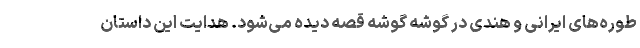
طوره‌های ایرانی و هندی در گوشه گوشه قصه دیده می‌شود. هدایت این داستان